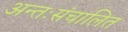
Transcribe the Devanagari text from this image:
अन्तःसंचालित